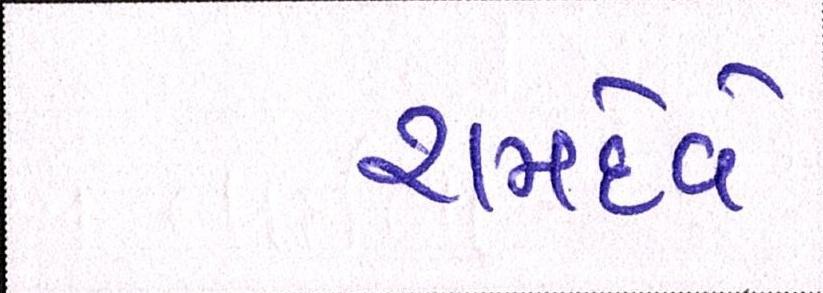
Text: રામદેવે